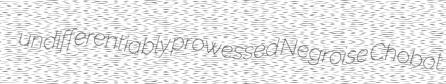
undifferentiably prowessed Negroise Chobot